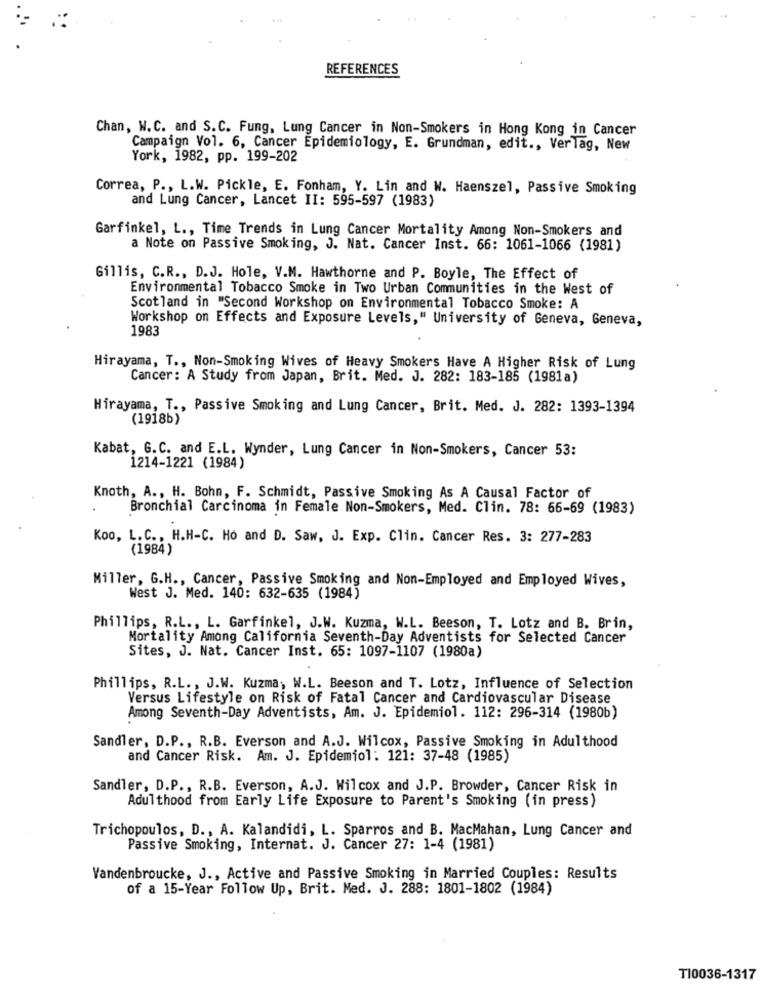
REFERENCES
Chan, W. C. and S.C. Fung, Lung Cancer in Non-Smokers in Hong Kong in Cancer
Campaign Vol. 6, Cancer Epidemiology, E. Grundman, edit ., Verlag, New
York, 1982, pp. 199-202
Correa, P ., L.W. Pickle, E. Fonham, Y. Lin and W. Haenszel, Passive Smoking
and Lung Cancer, Lancet II: 595-597 (1983)
Garfinkel, L ., Time Trends in Lung Cancer Mortality Among Non-Smokers and
a Note on Passive Smoking, J. Nat. Cancer Inst. 66: 1061-1066 (1981)
Gillis, C.R ., D.J. Hole, V.M. Hawthorne and P. Boyle, The Effect of
Environmental Tobacco Smoke in Two Urban Communities in the West of
Scotland in "Second Workshop on Environmental Tobacco Smoke: A
Workshop on Effects and Exposure Levels," University of Geneva, Geneva,
1983
Hirayama, T ., Non-Smoking Wives of Heavy Smokers Have A Higher Risk of Lung
Cancer: A Study from Japan, Brit. Med. J. 282: 183-185 (1981a)
Hirayama, T ., Passive Smoking and Lung Cancer, Brit. Med. J. 282: 1393-1394
(1918b)
Kabat, G.C. and E.L. Wynder, Lung Cancer in Non-Smokers, Cancer 53:
1214-1221 (1984)
Knoth, A ., H. Bohn, F. Schmidt, Passive Smoking As A Causal Factor of
Bronchial Carcinoma in Female Non-Smokers, Med. Clin. 78: 66-69 (1983)
Koo, L.C ., H.H-C. Ho and D. Saw, J. Exp. Clin. Cancer Res. 3: 277-283
(1984 )
Miller, G.H ., Cancer, Passive Smoking and Non-Employed and Employed Wives,
West J. Med. 140: 632-635 (1984)
Phillips, R.L ., L. Garfinkel, J.W. Kuzma, W.L. Beeson, T. Lotz and B. Brin,
Mortality Among California Seventh-Day Adventists for Selected Cancer
Sites, J. Nat. Cancer Inst. 65: 1097-1107 (1980a)
Phillips, R.L ., J.W. Kuzma, W.L. Beeson and T. Lotz, Influence of Selection
Versus Lifestyle on Risk of Fatal Cancer and Cardiovascular Disease
Among Seventh-Day Adventists, Am. J. Epidemiol. 112: 296-314 (1980b)
Sandler, D.P ., R.B. Everson and A.J. Wilcox, Passive Smoking in Adulthood
and Cancer Risk. Am. J. Epidemiol: 121: 37-48 (1985)
Sandler, D.P ., R.B. Everson, A.J. Wilcox and J.P. Browder, Cancer Risk in
Adulthood from Early Life Exposure to Parent's Smoking (in press)
Trichopoulos, D ., A. Kalandidi, L. Sparros and B. MacMahan, Lung Cancer and
Passive Smoking, Internat. J. Cancer 27: 1-4 (1981)
Vandenbroucke, J ., Active and Passive Smoking in Married Couples: Results
of a 15-Year Follow Up, Brit. Med. J. 288: 1801-1802 (1984)
T10036-1317